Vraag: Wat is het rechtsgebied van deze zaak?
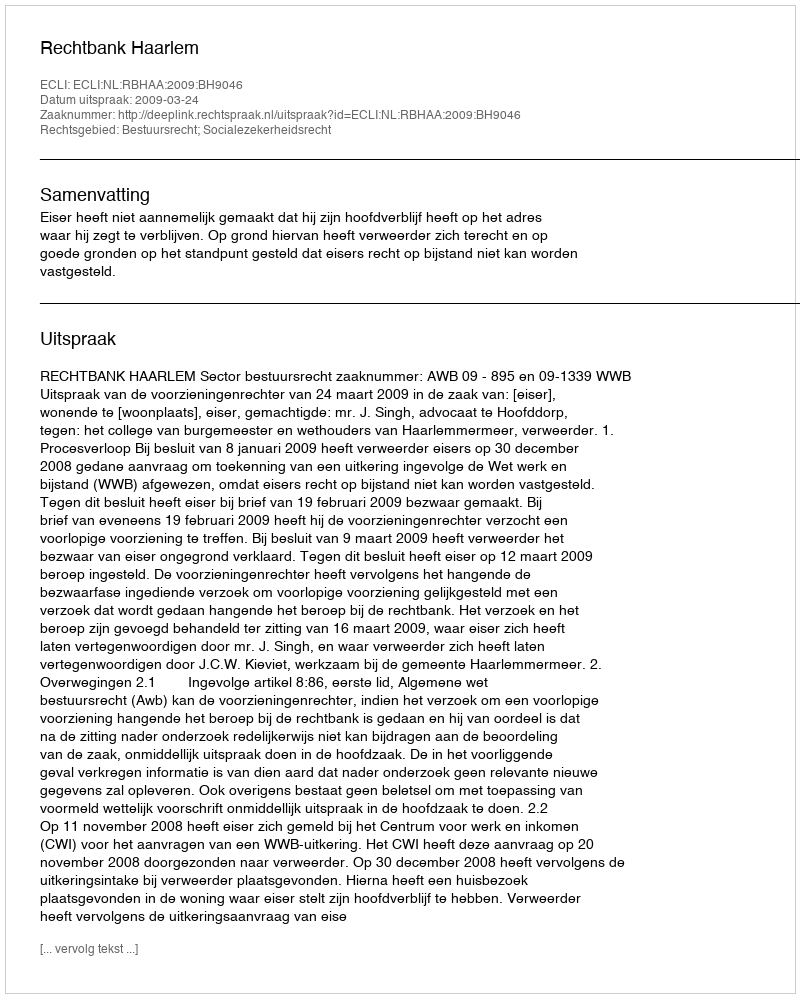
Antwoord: Bestuursrecht; Socialezekerheidsrecht